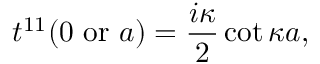
t ^ { 1 1 } ( 0 \mathrm { ~ o r ~ } a ) = { \frac { i \kappa } { 2 } } \cot \kappa a ,